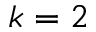
k = 2